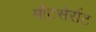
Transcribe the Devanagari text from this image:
मौंटसेर्राट